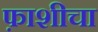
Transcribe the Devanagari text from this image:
फ़ाशीचा